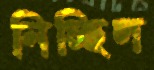
নিচ্ছিল